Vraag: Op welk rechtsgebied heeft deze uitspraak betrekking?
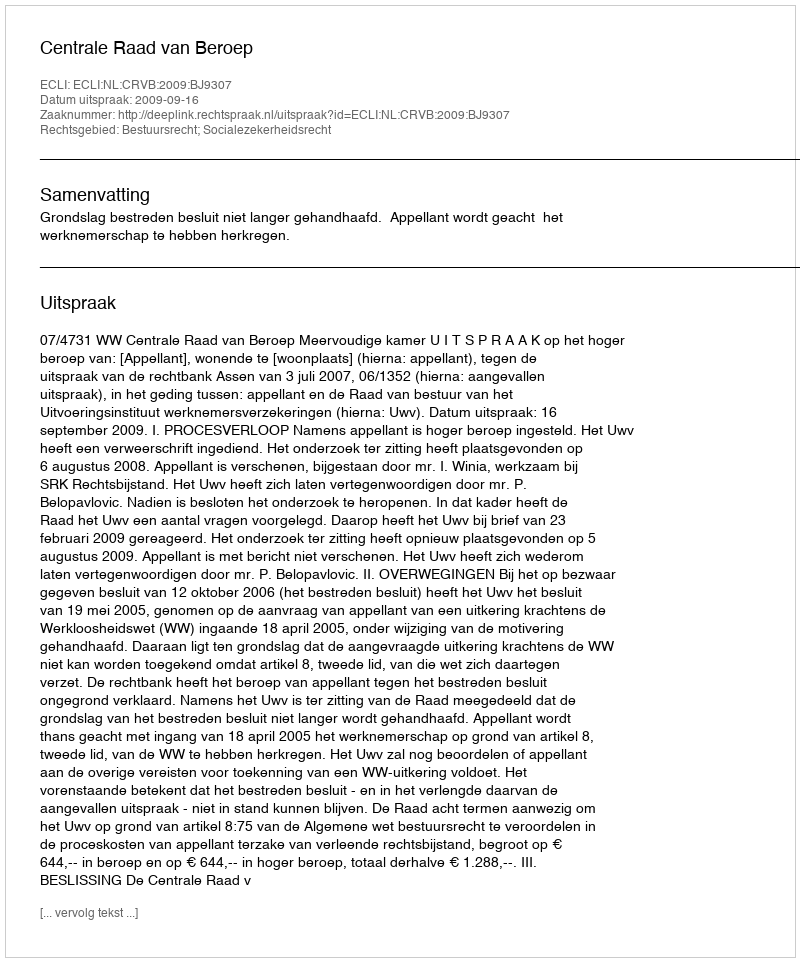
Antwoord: Bestuursrecht; Socialezekerheidsrecht